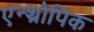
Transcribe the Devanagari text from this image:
एन्थ्रोपिक